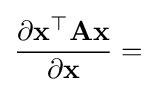
{\frac {\partial \mathbf {x} ^{\top }\mathbf {A} \mathbf {x} }{\partial \mathbf {x} }}=